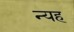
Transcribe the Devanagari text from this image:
न्यह